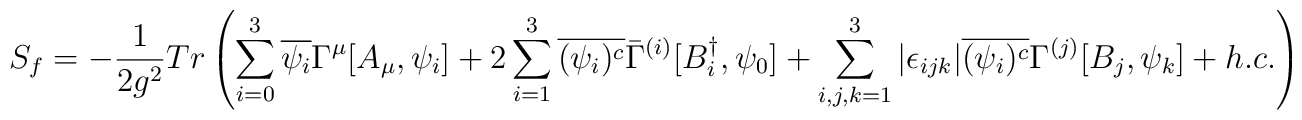
S_f= - \frac{1}{2 g^2} Tr \left(\sum_{i=0}^{3} \overline{\psi_i} \Gamma^{\mu} [A_{\mu},\psi_i]+ 2 \sum_{i=1}^{3} \overline{(\psi_i)^c} \bar{\Gamma}^{(i)}[B^{\dagger}_i,\psi_0]+ \sum_{i,j,k=1}^3 |\epsilon_{ijk}|  \overline{(\psi_i)^c} \Gamma^{(j)}[B_j, \psi_k] + h.c.\right)